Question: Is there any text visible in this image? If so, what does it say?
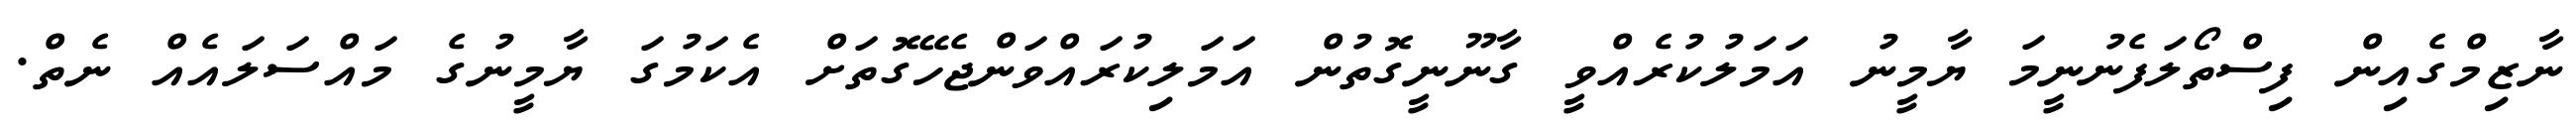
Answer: ނާޒިމްގެއިން ފިސްތޯލަފެނުނީމަ ޔާމީނު އަމަލުކުރެއްވީ ގާނޫނީގޮތުން އަމަލިކުރައްވަންޖެހޭގޮތަށް އެކަމުގަ ޔާމީނުގެ މައްސަލައެއް ނެތް.